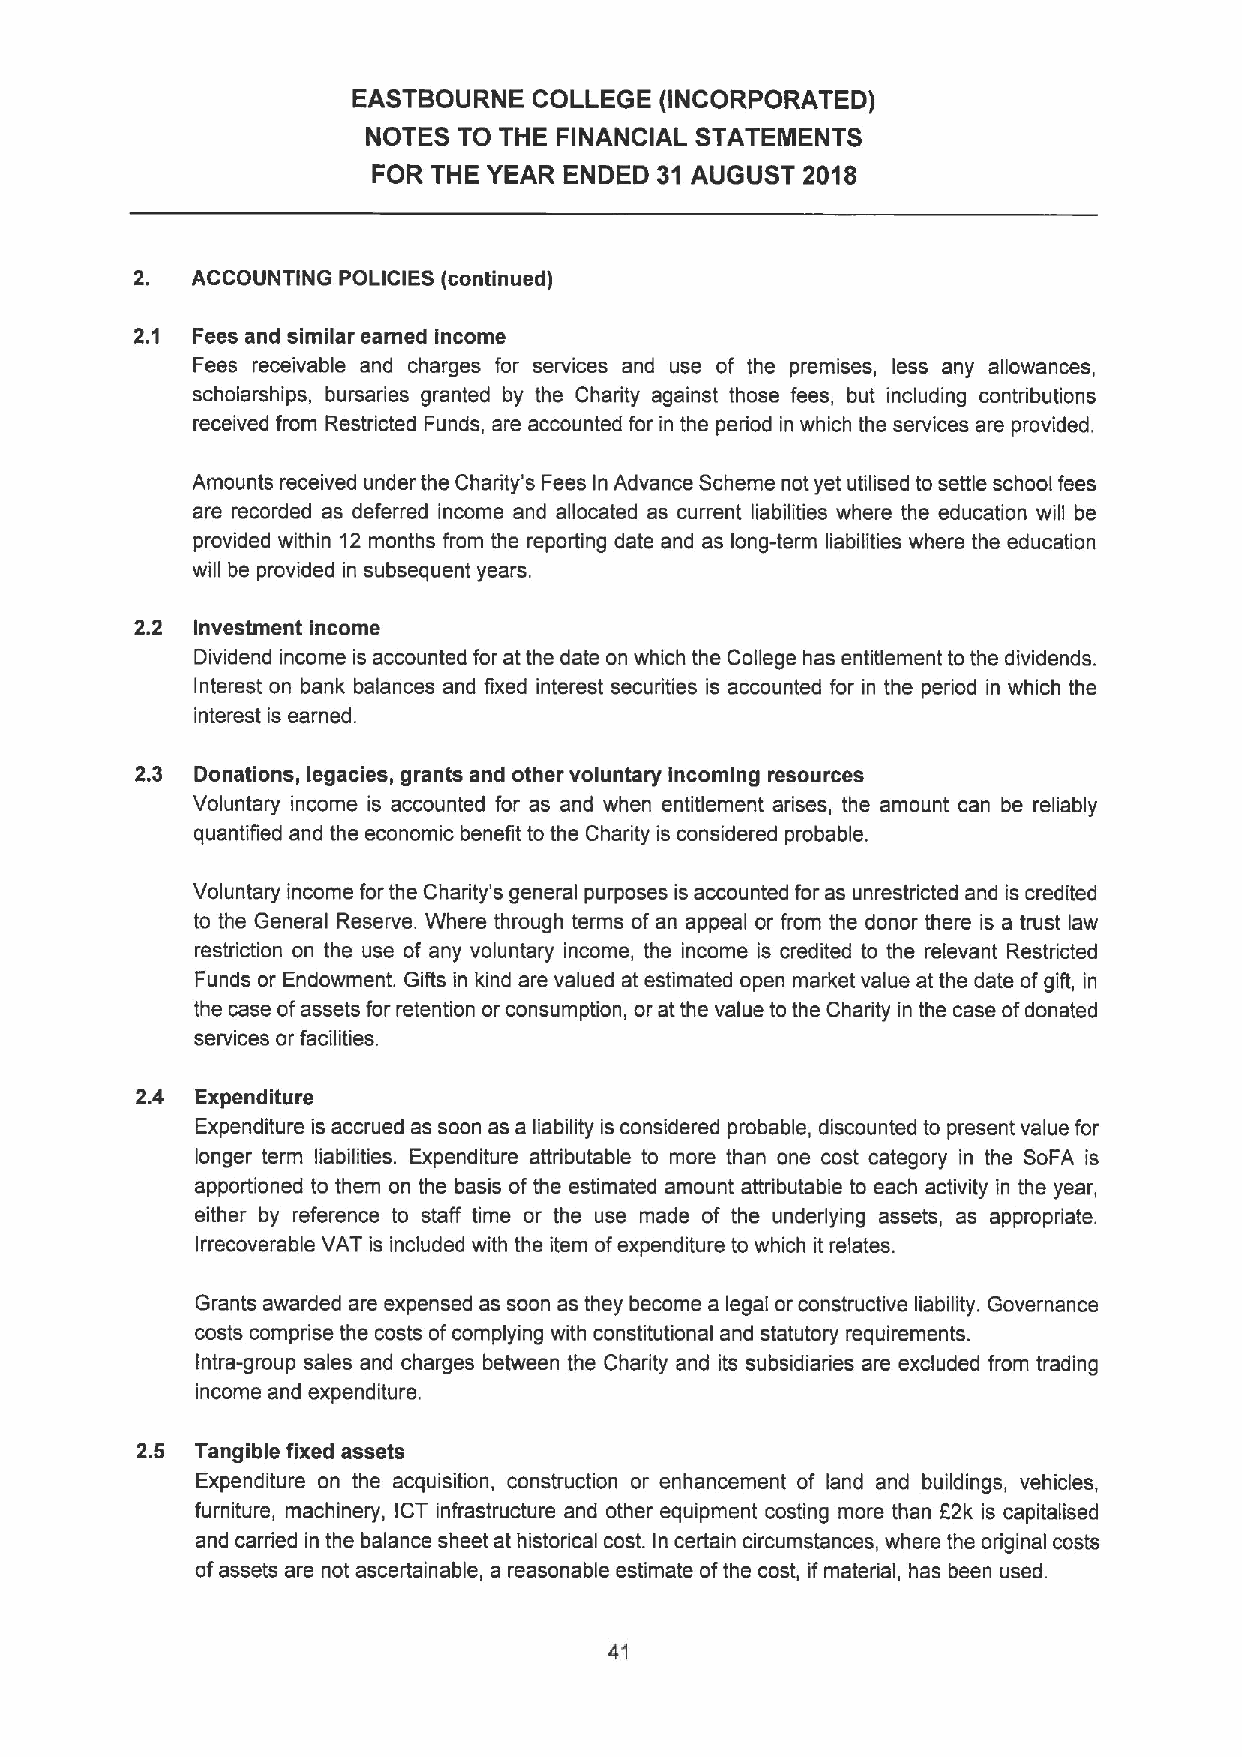
EASTBOURNE  COLLEGE  (INCORPORATED)
 NOTES TO THE FINANCIAL STATEMENTS
 FOR THE YEAR ENDED 31 AUGUST 2018
 2.  ACCOUNTING POLICIES Icontinued)
 2.1 Fees and similar earned income
 Fees receivable and charges for services and use of the premises, less any allowances,
 scholarships, bursaries granted by the Charity against those fees, but including contributions
 received from Restricted Funds, are accounted for in the period in which the services are provided.
 Amounts received under the Charity's Fees In Advance Scheme not yet utilised to settle school fees
 are recorded as deferred income and allocated as current liabilities where the education will be
 provided within 12 months from the reporting date and as long-term liabilities where the education
 will be provided in subsequent years.
 2.2 Investment income
 Dividend income is accounted for at the date on which the College has entitlement to the dividends.
 Interest on bank balances and fixed interest securities is accounted for in the period in which the
 interest is earned.
 2.3 Donations, legacies, grants and other voluntary incoming resources
 Voluntary income is accounted for as and when entitlement arises, the amount can be reliably
 quantified and the economic benefit to the Charity is considered probable.
 Voluntary income forthe Charity's general purposes is accounted for as unrestricted and is credited
 to the General Reserve. Where through terms of an appeal or from the donor there is a trust law
 restriction on the use of any voluntary income, the income is credited to the relevant Restricted
 Funds or Endowment. Gifts in kind are valued at estimated open market value at the date ofgift, in
 the case ofassets for retention or consumption, or at the value to the Charity in the case ofdonated
 services or facilities.
 2.4 Expenditure
 Expenditure is accrued as soon as a liability is considered probable, discounted to present value for
 longer term liabilities. Expenditure attributable to more than one cost category in the SoFA is
 apportioned to them on the basis of the estimated amount attributable to each activity in the year,
 either by reference to staff time or the use made of the underlying assets, as appropriate.
 Irrecoverable VAT is included with the item ofexpenditure to which it relates.
 Grants awarded are expensed as soon as they become a legal or constructive liability. Governance
 costs comprise the costs ofcomplying with constitutional and statutory requirements.
 Intra-group sales and charges between the Charity and its subsidiaries are excluded from trading
 income and expenditure.
 2.5 Tangible fixed assets
 Expenditure on the acquisition, construction or enhancement of land and buildings, vehicles,
 furniture, machinery, ICT infrastructure and other equipment costing more than 82k is capitalised
 and carried in the balance sheet at histodical cost. In certain circumstances, where the odiginal costs
 ofassets are not ascertainable, a reasonable estimate ofthe cost, ifmaterial, has been used.
 41